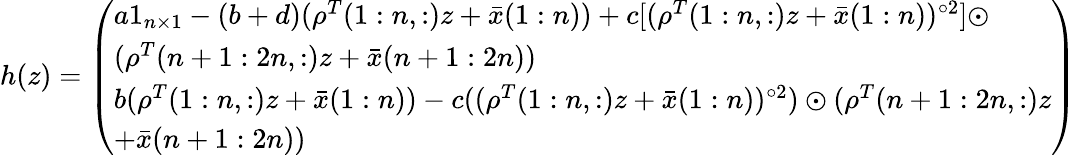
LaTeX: \begin{array}{r}{h(z)=\left(\begin{array}{l}{a\mathrm{1}_{n\times 1}-(b+d)(\rho^{T}(1:n,:)z+\bar{x}(1:n))+c[(\rho^{T}(1:n,:)z+\bar{x}(1:n))^{\circ 2}]\odot}\\ {(\rho^{T}(n+1:2n,:)z+\bar{x}(n+1:2n))}\\ {b(\rho^{T}(1:n,:)z+\bar{x}(1:n))-c((\rho^{T}(1:n,:)z+\bar{x}(1:n))^{\circ 2})\odot(\rho^{T}(n+1:2n,:)z}\\ {+\bar{x}(n+1:2n))}\end{array}\right)}\end{array}